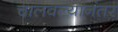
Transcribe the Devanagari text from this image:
चालवल्यानंतर